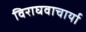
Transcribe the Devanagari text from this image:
विराघवाचार्या